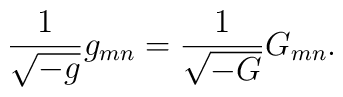
{1\over\sqrt{-g}}g_{mn}={1\over\sqrt{-G}}G_{mn}.